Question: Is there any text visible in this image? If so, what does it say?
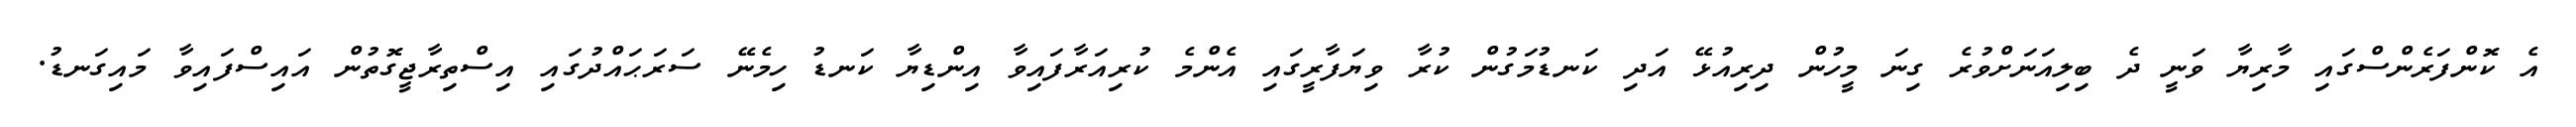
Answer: އެ ކޮންފަރެންސްގައި މާރިޔާ ވަނީ ދެ ބިލިއަނަށްވުރެ ގިނަ މީހުން ދިރިއުޅޭ އަދި ކަނޑުމަގުން ކުރާ ވިޔަފާރީގައި އެންމެ ކުރިއަރާފައިވާ އިންޑިޔާ ކަނޑު ހިމެނޭ ސަރަޙައްދުގައި އިސްތިރާޖީގޮތުން އައިސްފައިވާ މައިގަނޑު.